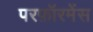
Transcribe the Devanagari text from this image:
परफ़ॉरमेंस